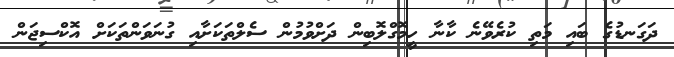
ދަގަނޑުގެ ބައި މަތި ކުރެވޭނެ ކާނާ ހީމޮގްލޮބިން ދަށްވުމުން ސެލްތަކަށާއި ގުނަވަންތަކަށް އޮކްސިޖަން